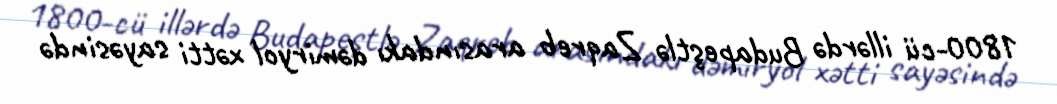
1800-cü illərdə Budapeştlə Zaqreb arasındakı dəmiryol xətti sayəsində